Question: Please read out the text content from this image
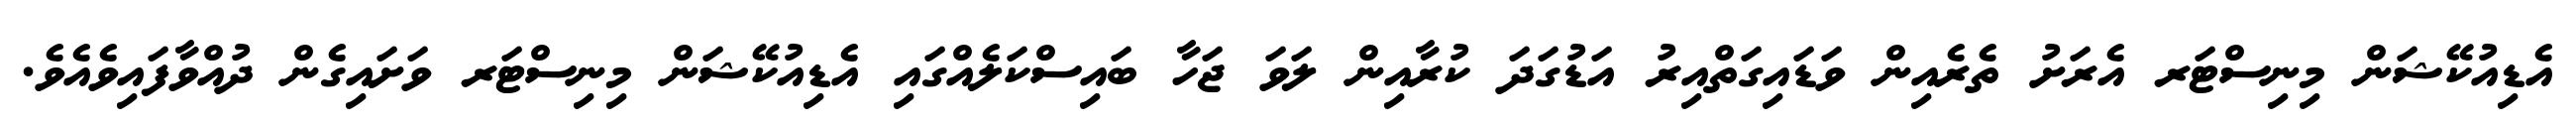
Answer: އެޑިއުކޭޝަން މިނިސްޓަރ އެރަށު ތެރެއިން ވަޑައިގަތްއިރު އަޑުގަދަ ކުރާއިން ލަވަ ޖަހާ ބައިސްކަލެއްގައި އެޑިއުކޭޝަން މިނިސްޓަރ ވަށައިގެން ދުއްވާފައިވެއެވެ.